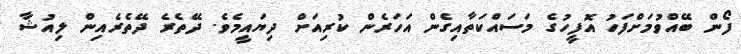
ފޯން ބޭއްވުމަށްފަހު އޮފީހުގެ މަސައްކަތާއިގެން އަހަރެން ކުރިއަށް ދިޔައީމެވެ. ދޭތެރެ ދޭތެރެއިން ލިއުޝާ